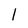
Character: 1